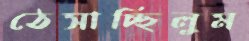
ঠেসাচ্ছিলুম